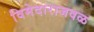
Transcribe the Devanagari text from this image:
विमेदाराजवळ